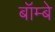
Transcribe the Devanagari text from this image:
बॉम्‍बे